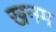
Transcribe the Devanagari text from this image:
खनम